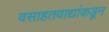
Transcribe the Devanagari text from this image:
वसाहतवाद्यांकडून